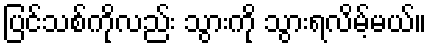
ပြင်သစ်ကိုလည်း သွားကို သွားရလိမ့်မယ်။